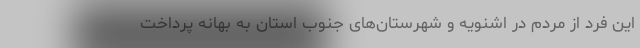
این فرد از مردم در اشنویه و شهرستان‌های جنوب استان به بهانه پرداخت